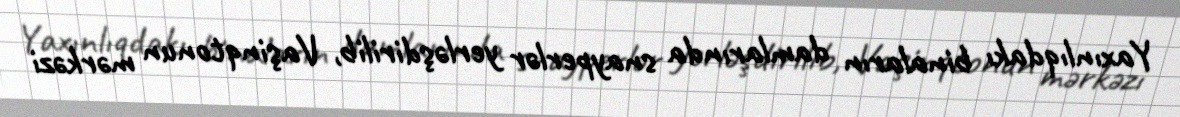
Yaxınlıqdakı binaların damlarında snayperlər yerləşdirilib, Vaşinqtonun mərkəzi